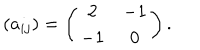
( a _ { i j } ) = \left( \begin{matrix} { { 2 } } & { { - 1 } } \\ { { - 1 } } & { { 0 } } \\ \end{matrix} \right) .